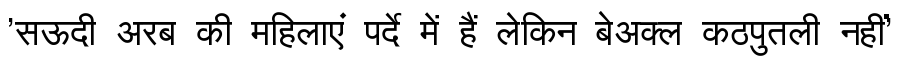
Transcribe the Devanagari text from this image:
'सऊदी अरब की महिलाएं पर्दे में हैं लेकिन बेअक्ल कठपुतली नहीं'